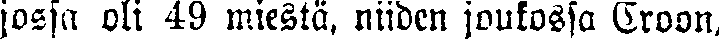
jossa oli 49 miestä, niiden joukossa Croon.